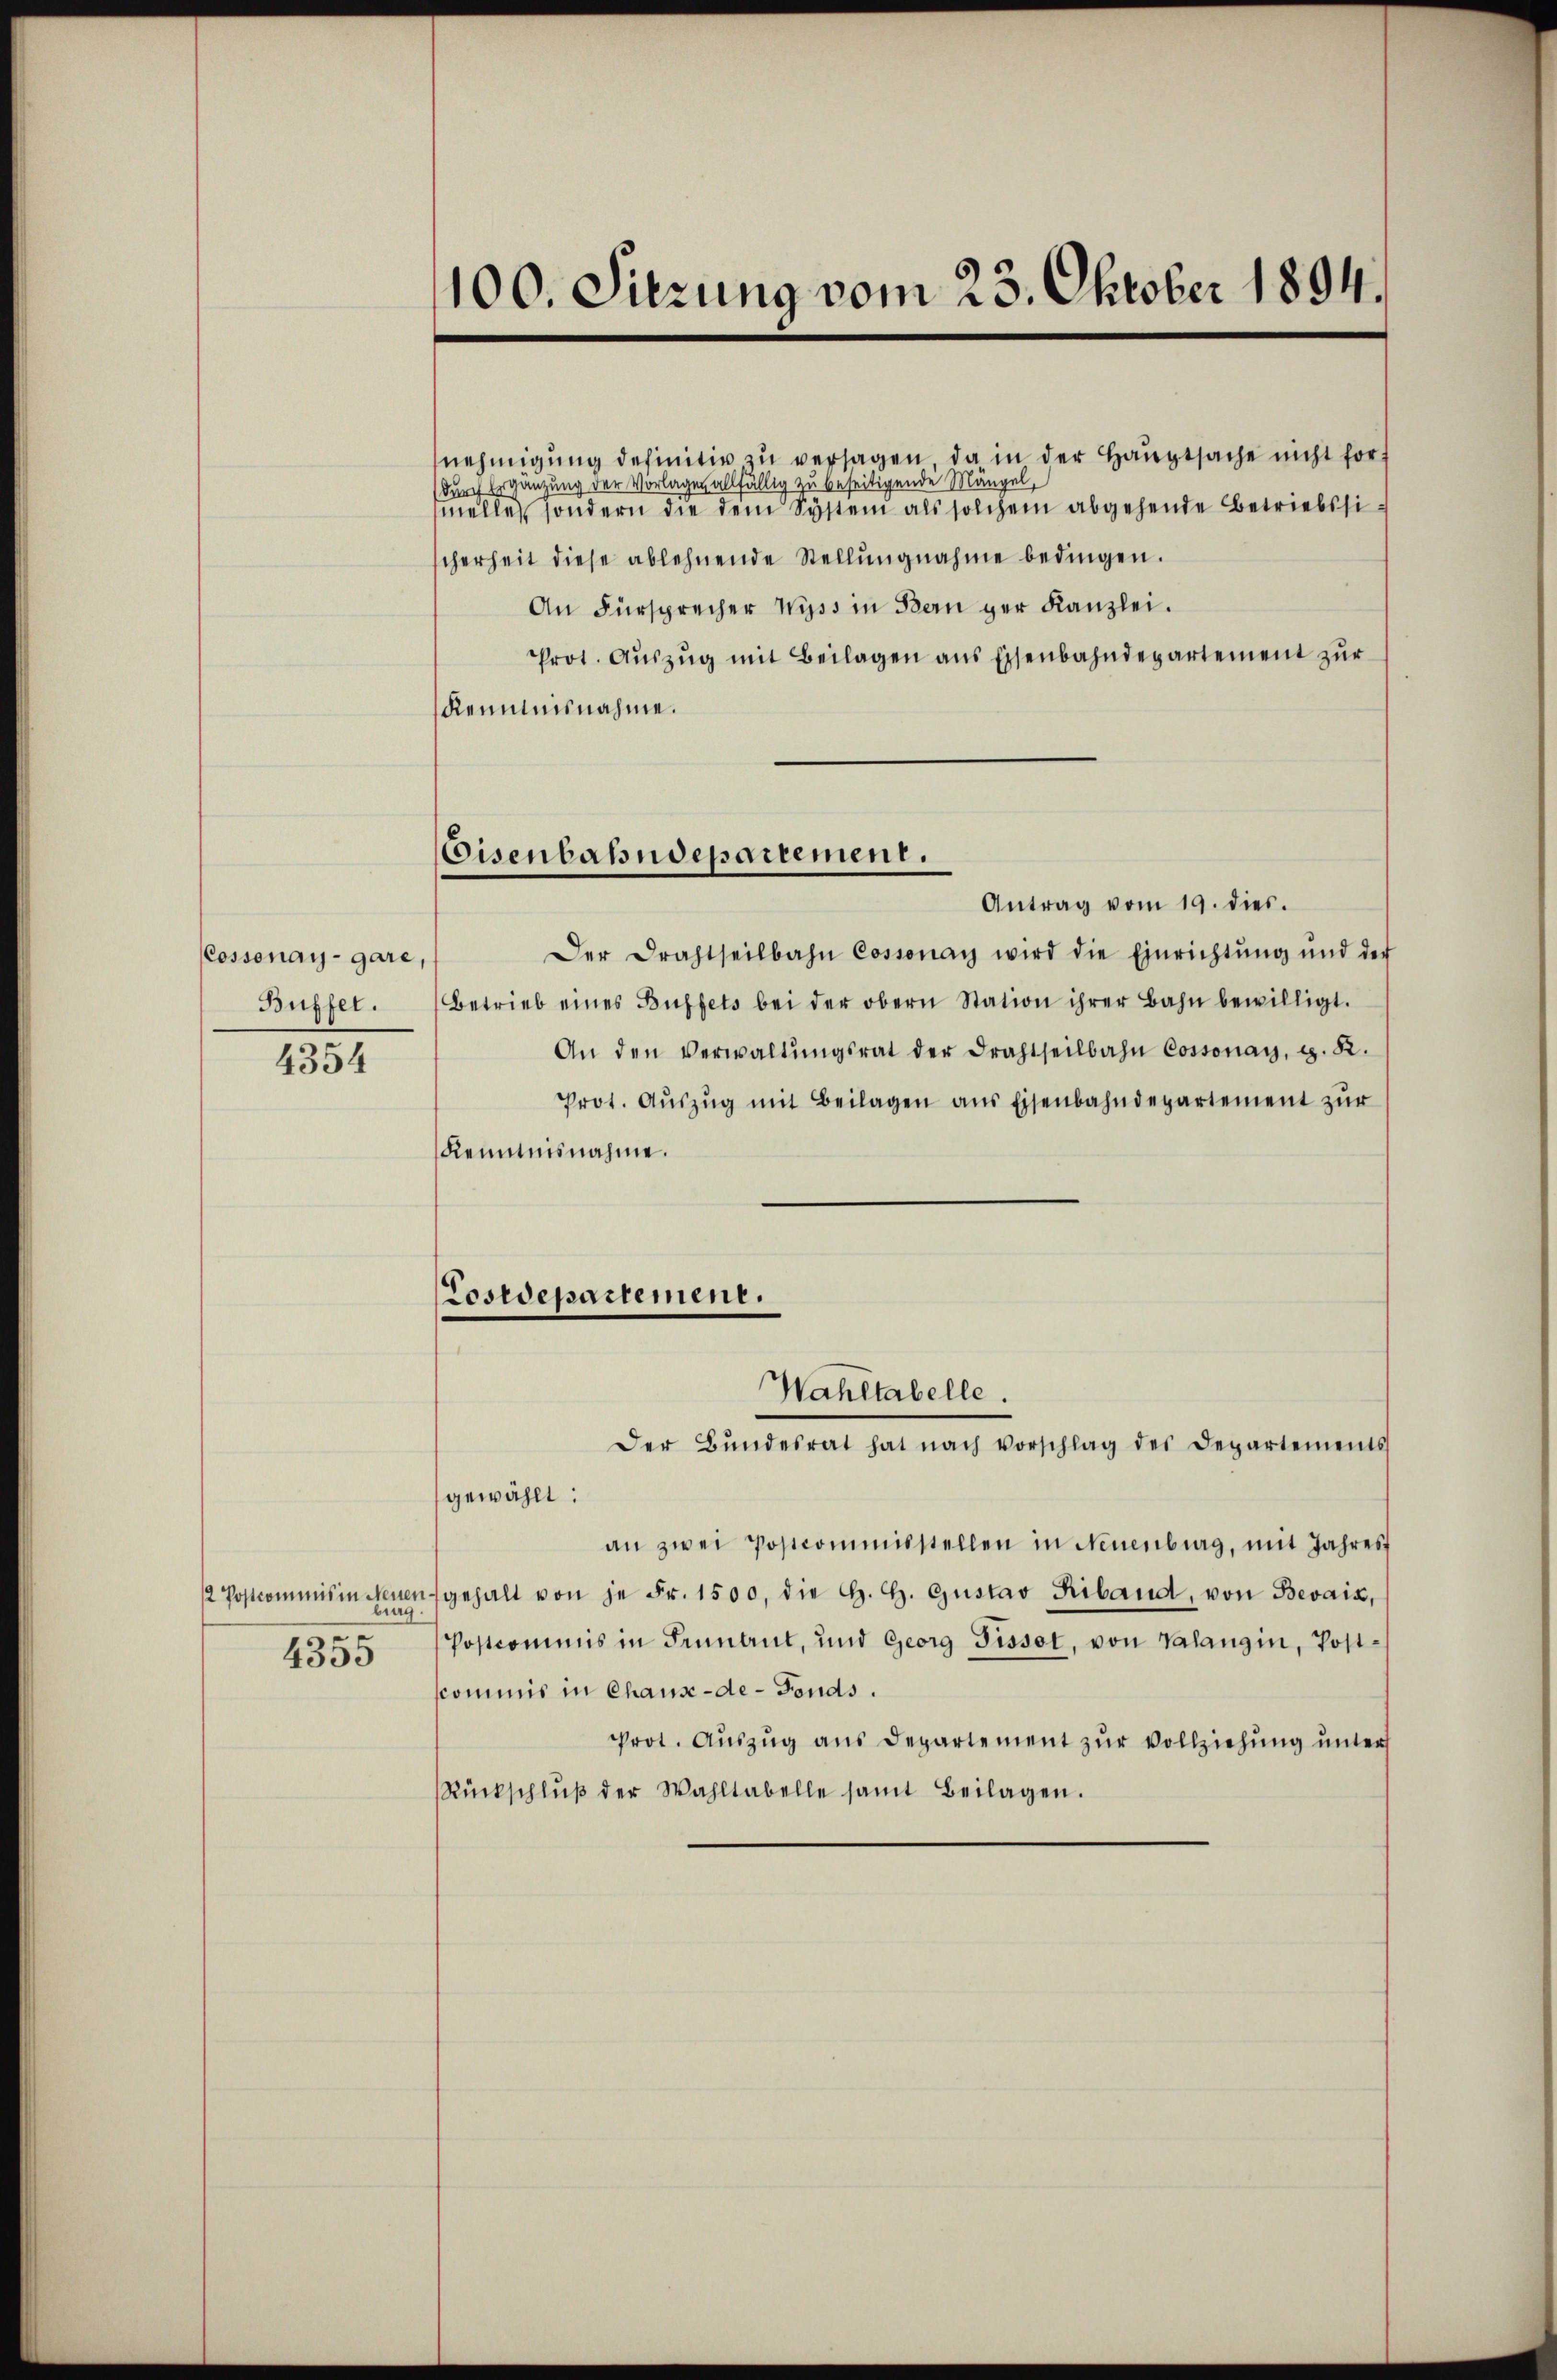
Cossonay-gare,
Büffel.
4354

2 Postcommis in Neuen
burg.
e
4505

100. Sitzung vom 23. Oktober 1894.

Eisenbahndepartement.

nehmigŭng definitiv zŭ versagen da in der Haŭptsache nicht fort
durch Ergänzung der Vorlagen allfällig zu beseitigende Mängel,
melle sondern die dem System als solchem abgehende Betriebssicherheit diese ablehnende Stellŭngnahme bedingen.
An Fürsprecher Wyss in Bern ger Kanzlei.
Prot. Aŭszŭg mit Beilagen aus Eisenbahndepartement zur
Remmnisnahme.
Antrag vom 19. dies.
Der Drahtseitbahn Cossonay wird die Einrichtŭng und der
Betrieb eines Büffets bei der obern Station ihrer Bahn bewilligt.
An den Verwaltŭngsrat der Drahtseilbahn Cossonay, d. 22.
Prot. Aŭszŭg mit Beilagen ans Eisenbahndepartement zŭr
Kenntnisnahme.
Tosrepartement.
Wahltabelle.
Der Bŭndesrat hat nach Vorschlag des Departements
gewählt:
an zwei Postcommisstellen in Neuenburg, mit Jahres
gehalt von je Fr. 1500, die H. H. Gustav Riband, von Bevais,
Postcommis in Fennant, und Georg Tissot, von Valangin, Postcommis in Chause-de-Fonds.
prot. Auszug aus Departement zur Vollziehung unter
Rückschlŭβ der Wahltabelle samt Beilagen.